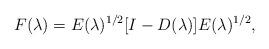
LaTeX: \begin{align*}F(\lambda)=E(\lambda)^{1/2}[I-D(\lambda)]E(\lambda)^{1/2},\end{align*}